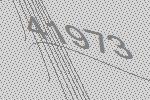
41973